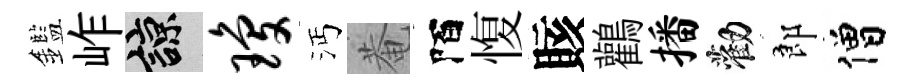
鑑岞諒琼沔菴陌愎賅鸛播勸郎僧